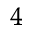
^ 4